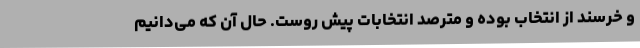
و خرسند از انتخاب بوده و مترصد انتخابات پیش روست. حال آن که می‌دانیم